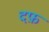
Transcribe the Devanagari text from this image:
दफ़